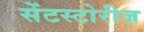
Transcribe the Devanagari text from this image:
सेंटस्टोरीज़